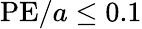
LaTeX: \textrm{PE}/a\leq 0.1